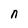
Character: n